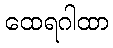
ထေရဂါထာ